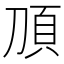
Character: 𬰿